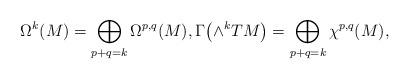
LaTeX: \begin{gather*}\Omega^{k}(M)= \bigoplus_{p+q=k}\Omega^{p,q}(M),\Gamma\big({\wedge}^{k}TM\big)= \bigoplus_{p+q=k}\chi^{p,q}(M),\end{gather*}